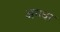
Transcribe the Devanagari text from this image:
अधधर